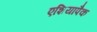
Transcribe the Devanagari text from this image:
एशियापैक